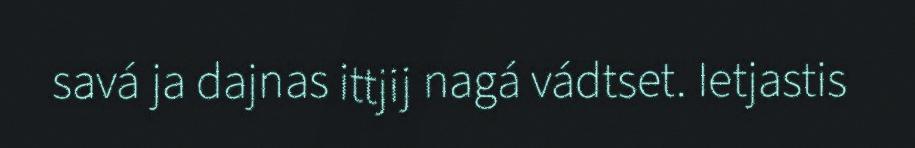
savá ja dajnas ittjij nagá vádtset. Ietjastis